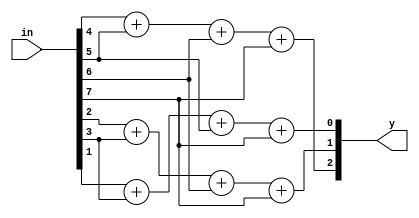
module encoder(in,y);
input [7:0]in;
output [2:0]y;
assign y[2]=in[4]+in[5]+in[6]+in[7];
assign y[1]=in[2]+in[3]+in[6]+in[7];
assign y[0]=in[1]+in[3]+in[5]+in[7];
endmodule